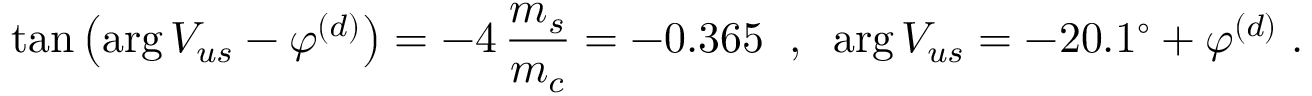
\tan \left( \arg V _ { u s } - \varphi ^ { ( d ) } \right) = - 4 \, \frac { m _ { s } } { m _ { c } } = - 0 . 3 6 5 \; \; , \; \; \arg V _ { u s } = - 2 0 . 1 ^ { \circ } + \varphi ^ { ( d ) } \; .